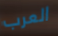
العرب